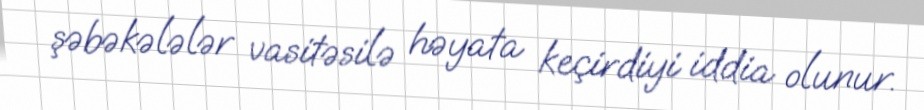
şəbəkələlər vasitəsilə həyata keçirdiyi iddia olunur.